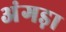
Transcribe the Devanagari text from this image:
अंगड़ा